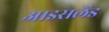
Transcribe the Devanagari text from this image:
आइसलेंड